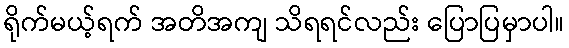
ရိုက်မယ့်ရက် အတိအကျ သိရရင်လည်း ပြောပြမှာပါ။